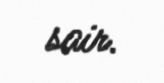
sair.